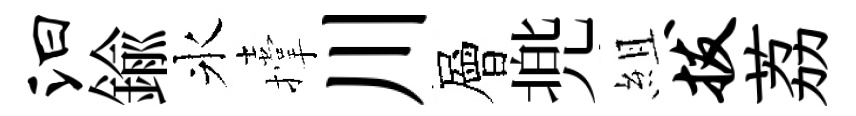
汩鍮氷撑川層兠組拔荔